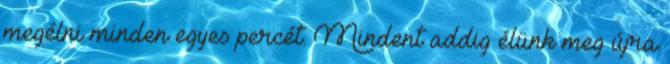
megélni minden egyes percét. Mindent addig élünk meg újra